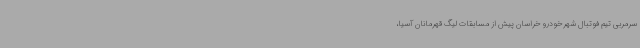
سرمربی تیم فوتبال شهرخودرو خراسان پیش از مسابقات لیگ قهرمانان آسیا،